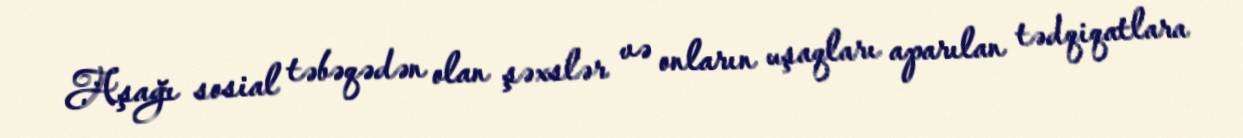
Aşağı sosial təbəqədən olan şəxslər və onların uşaqları aparılan tədqiqatlara